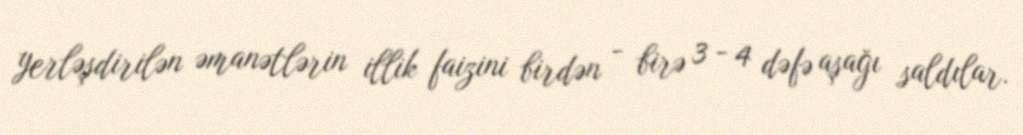
yerləşdirilən əmanətlərin illik faizini birdən - birə 3 - 4 dəfə aşağı saldılar.